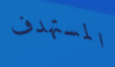
المستهدف